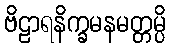
ဗိဠာရနိက္ခမနမတ္တမ္ပိ